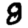
Digit: 8